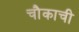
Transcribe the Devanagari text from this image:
चौकाची